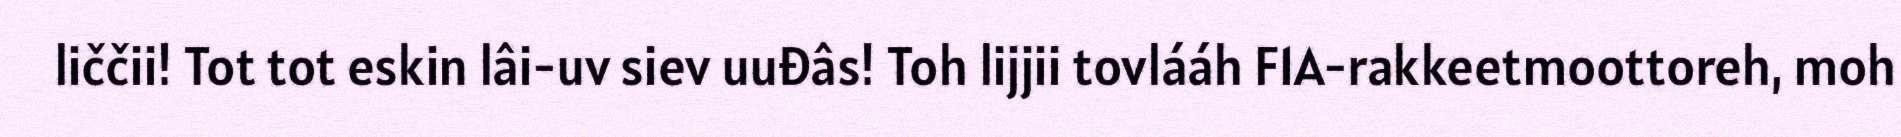
liččii! Tot tot eskin lâi-uv siev uuđâs! Toh lijjii tovlááh F1A-rakkeetmoottoreh, moh